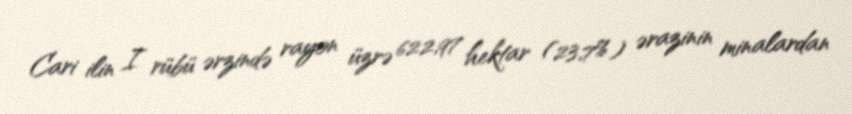
Cari ilin I rübü ərzində rayon üzrə 622,97 hektar (23,7%) ərazinin minalardan